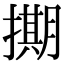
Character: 𭢘